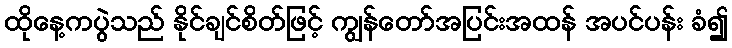
ထိုနေ့ကပွဲသည် နိုင်ချင်စိတ်ဖြင့် ကျွန်တော်အပြင်းအထန် အပင်ပန်း ခံ၍